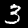
Digit: 3